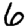
Digit: 6